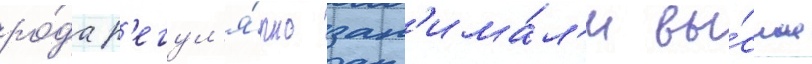
ро́да р'егул'я́рно зан'има́л'и вы́сшие